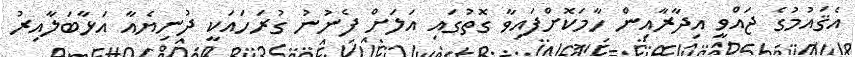
އެޤައުމުގެ ޖައްވީ އިދާރާއިން ހާމަކޮށްފައިވާ ގޮތުގައި އަލަށް ފެނުނު ގުރަހައަކީ ދުނިޔެއާ އަޅާބަލާއިރު